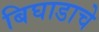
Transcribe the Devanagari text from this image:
बिघाडाचे